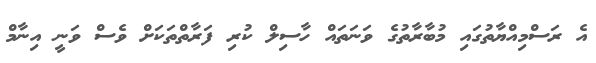
އެ ރަސްމިއްޔާތުގައި މުބާރާތުގެ ވަނަތައް ހާސިލް ކުރި ފަރާތްތަކަށް ވެސް ވަނީ އިނާމް